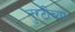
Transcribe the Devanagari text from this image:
तुरटीच्या